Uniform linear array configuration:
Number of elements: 32
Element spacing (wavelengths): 0.75
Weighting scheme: blackman
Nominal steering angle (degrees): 30
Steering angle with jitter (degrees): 29.636
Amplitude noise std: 0.05
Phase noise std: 0.05

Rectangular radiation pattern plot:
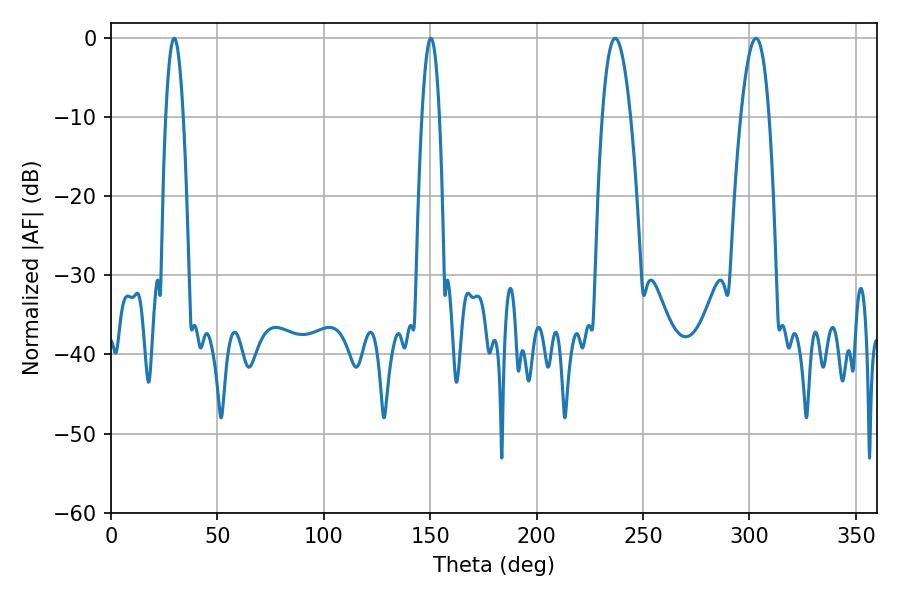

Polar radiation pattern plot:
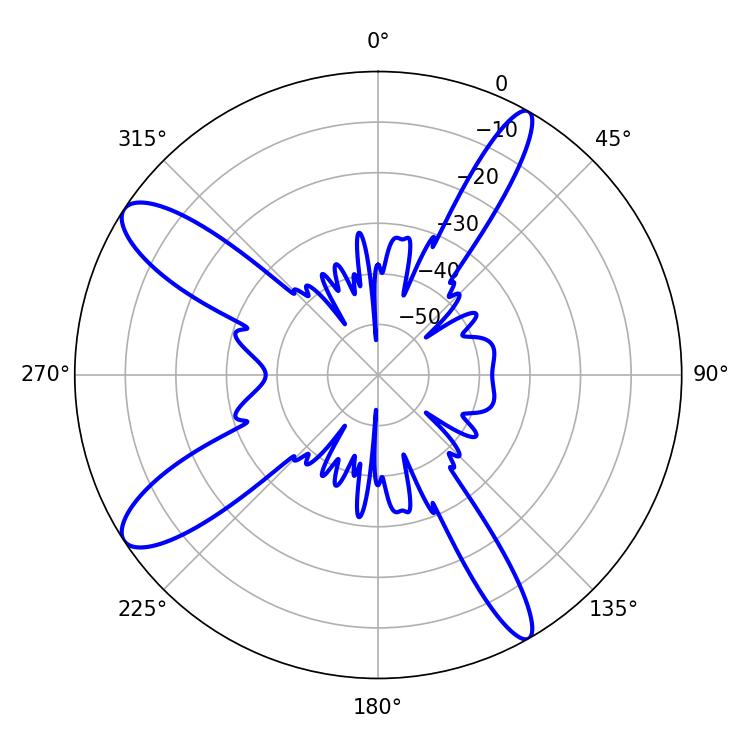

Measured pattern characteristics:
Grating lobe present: TRUE
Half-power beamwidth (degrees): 4.5
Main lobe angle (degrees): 29.7